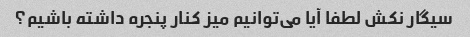
سیگار نکش لطفا آیا می‌توانیم میز کنار پنجره داشته باشیم؟